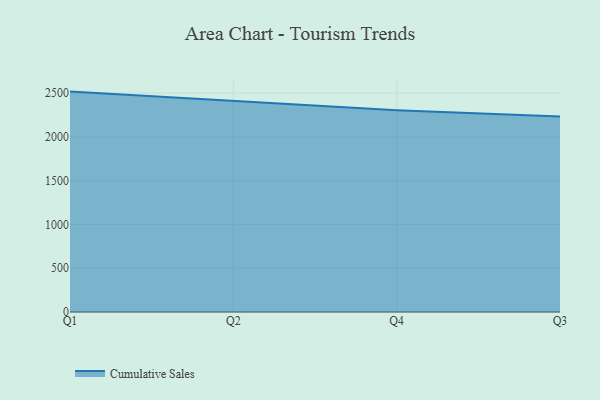
{"axis": {"x": "Quarter", "y": "Humidity (%)"}, "legend": ["Cumulative Sales"], "data": [{"x": "Q1", "y": 2516.2, "type": "Cumulative Sales"}, {"x": "Q2", "y": 2411.3, "type": "Cumulative Sales"}, {"x": "Q4", "y": 2303.3, "type": "Cumulative Sales"}, {"x": "Q3", "y": 2232.4, "type": "Cumulative Sales"}]}